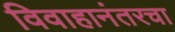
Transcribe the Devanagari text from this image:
विवाहानंतरचा